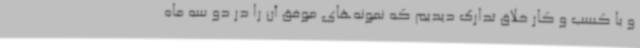
و با کسب و کار خلاق تدارک دیدیم که نمونه‌های موفق آن را در دو سه ماه